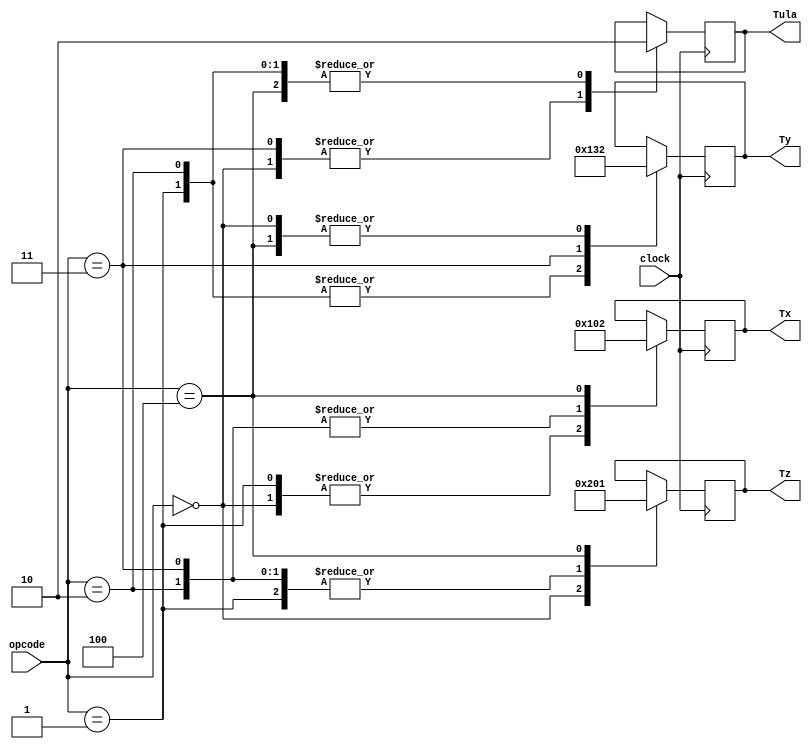
module controler(clock, Tx, Ty, Tz, Tula, opcode);
	
	input wire [3:0] opcode;
	input wire clock;
	output reg [3:0] Tx;
	output reg [3:0] Ty;
	output reg [3:0] Tz;
	output reg Tula;
	
	parameter Clear_Add = 4'b0000;
	parameter Add_Load = 4'b0001;
	parameter Add = 4'b0010;
	parameter Shift_Right = 4'b0011;
	parameter Disp = 4'b0100;
			
	always @(posedge clock) begin
		
		case (opcode)
			
			Clear_Add: begin
					
						Tx <= 4'b0001; // Load
						Ty <= 4'b0010; // Clear
						Tz <= 4'b0010; // Clear
						Tula <= 1'b1; // X
						
					end	
					
			Add_Load: begin
					
						Tx <= 4'b0001; // Load
						Ty <= 4'b0001; // Load
						Tz <= 4'b0000; // Hold
						Tula <= 1'b0; // Add
						
					end
					
			Add: begin
					
						Tx <= 4'b0000; // Hold
						Ty <= 4'b0001; // Load
						Tz <= 4'b0000; // Hold
						Tula <= 1'b0; // Add
						
					end
					
			Shift_Right: begin
					
						Tx <= 4'b0000; // Hold
						Ty <= 4'b0011; // Shift_Right
						Tz <= 4'b0000; // Hold
						Tula <= 1'b1; // X
						
					end
					
			Disp: begin
					
						Tx <= 4'b0010; // Clear
						Ty <= 4'b0010; // Clear
						Tz <= 4'b0001; // Load
						Tula <= 1'b0; // X
						
					end
		
		endcase
	
	end
	
endmodule